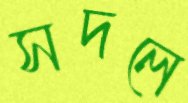
সদলে